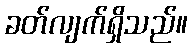
ခတ်လျက်ရှိသည်။